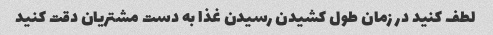
لطف کنید در زمان طول کشیدن رسیدن غذا به دست مشتریان دقت کنید